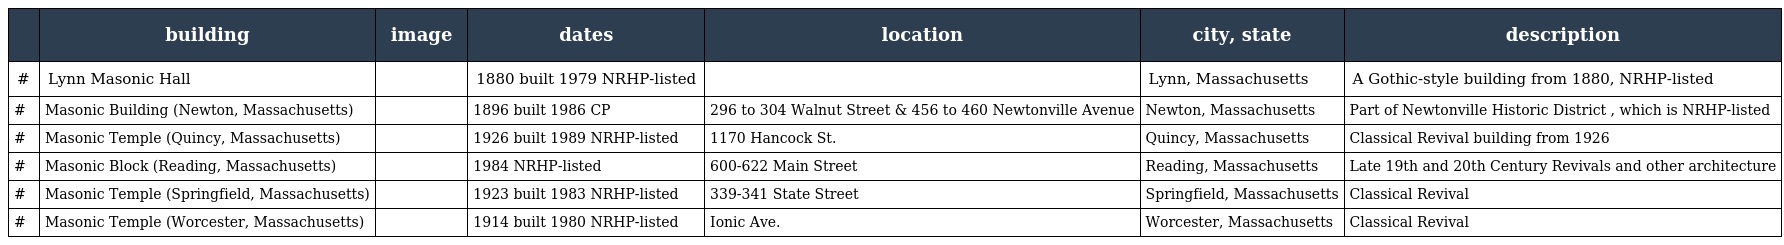
|  | building | image | dates | location | city, state | description |
 | --- | --- | --- | --- | --- | --- | --- |
 | # | Lynn Masonic Hall |  | 1880 built 1979 NRHP-listed |  | Lynn, Massachusetts | A Gothic-style building from 1880, NRHP-listed |
 | # | Masonic Building (Newton, Massachusetts) |  | 1896 built 1986 CP | 296 to 304 Walnut Street & 456 to 460 Newtonville Avenue | Newton, Massachusetts | Part of Newtonville Historic District , which is NRHP-listed |
 | # | Masonic Temple (Quincy, Massachusetts) |  | 1926 built 1989 NRHP-listed | 1170 Hancock St. | Quincy, Massachusetts | Classical Revival building from 1926 |
 | # | Masonic Block (Reading, Massachusetts) |  | 1984 NRHP-listed | 600-622 Main Street | Reading, Massachusetts | Late 19th and 20th Century Revivals and other architecture |
 | # | Masonic Temple (Springfield, Massachusetts) |  | 1923 built 1983 NRHP-listed | 339-341 State Street | Springfield, Massachusetts | Classical Revival |
 | # | Masonic Temple (Worcester, Massachusetts) |  | 1914 built 1980 NRHP-listed | Ionic Ave. | Worcester, Massachusetts | Classical Revival |